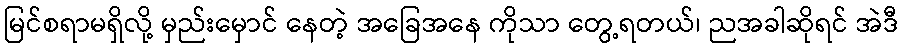
မြင်စရာမရှိလို့ မှည်းမှောင် နေတဲ့ အခြေအနေ ကိုသာ တွေ့ရတယ်၊ ညအခါဆိုရင် အဲဒီ